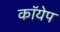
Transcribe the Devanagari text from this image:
कॉयेप